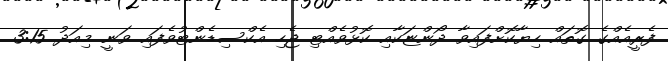
ފެރީއެއްގެ ގޮތައް ހިޔާކޮށްފައިވާ ދޯންޏަކާއި ކޮޅުވެއްޓި ޖެހި އެކްސިޑެންޓުވެފައި ވަނީ މިއަދު 3:15